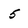
Character: 5